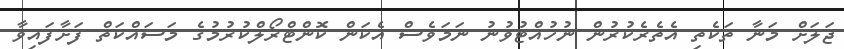
ޖަލަށް މަނާ ތަކެތި އެތެރެކުރުން ނުހުއްޓުވުނު ނަމަވެސް އެކަން ކޮންޓްރޯލްކުރުމުގެ މަސައްކަތް ފަށާފައިވާ